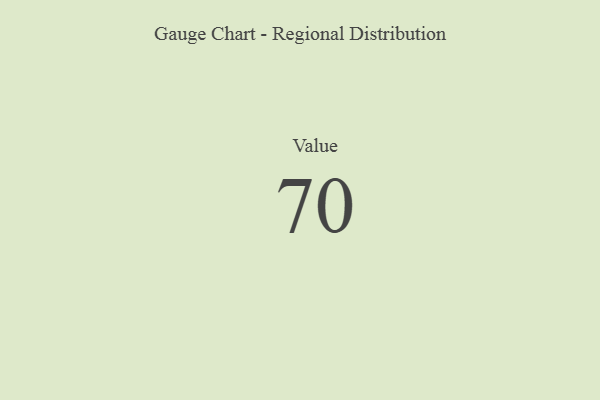
{"axis": {"x": "Metric", "y": "Value"}, "legend": [""], "data": [{"x": "Value", "y": 70, "type": ""}]}